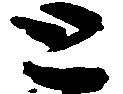
と